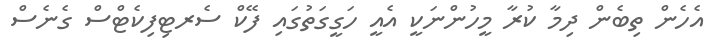
އެހެން ތިބެން ދިމާ ކުރާ މީހުންނަކީ އެއީ ހަގީގަތުގައި ފޭކް ސެރޓިފިކެޓްސް ގެނެސް